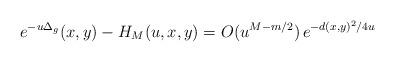
LaTeX: \begin{align*} e^{- u \Delta_g}(x, y) - H_M(u, x, y) = O(u^{M - m /2})\, e^{- d(x, y)^2/4u} \end{align*}